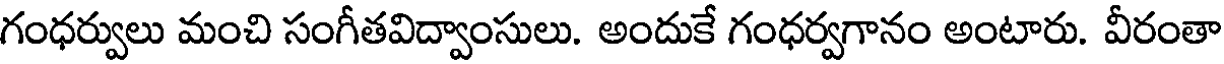
గంధర్వులు మంచి సంగీతవిద్వాంసులు. అందుకే గంధర్వగానం అంటారు. వీరంతా